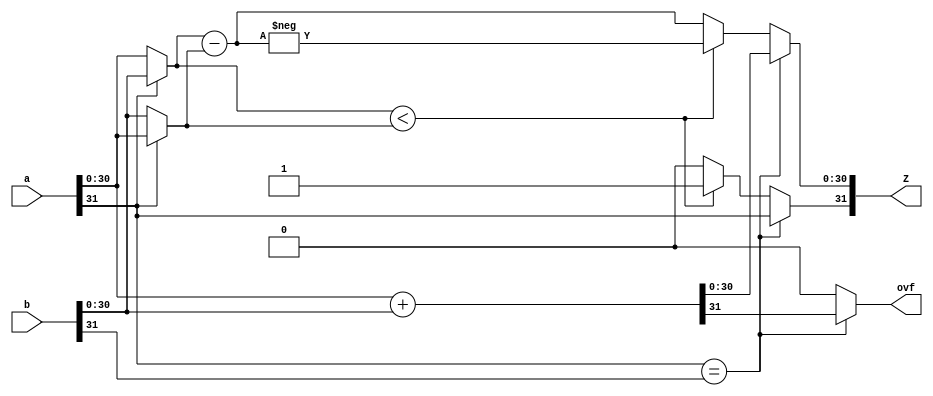
module Sumador(
	input wire [31:0] a,
	input wire [31:0] b,
	output reg [31:0] Z,
	output reg ovf
	);

	//Inicializar
	reg [31:0] a32 = 32'b0;
	reg [31:0] b32 = 32'b0;
	reg [31:0] ab = 32'b0;
	
	always @* begin
		if(a[31] == b[31]) begin
        	//a y b son positivos o negativos.
        	a32[30:0] = a[30:0];
        	b32[30:0] = b[30:0];
            ab = a32 + b32;
            Z[30:0] = ab[30:0];
            Z[31] = a[31];
            ovf = ab[31];
		end
		else begin
			a32[30:0] = (a[31]) ? a[30:0] : b[30:0];
        	b32[30:0] = (a[31]) ? b[30:0] : a[30:0];
            ab = b32 - a32;
            if(b32[30:0] < a32[30:0]) begin
                Z[30:0] = -ab[30:0];
                Z[31] = 1'b1;
            end
            else begin
                Z[30:0] = ab[30:0];
                Z[31] = 1'b0;
            end
            ovf = 1'b0;
        end
	end

endmodule